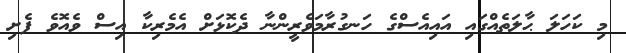
މި ކަހަލަ ޙާލަތެއްގައި އައިއެސްގެ ހަނގުރާމަވެރީންނާ ދެކޮޅަށް އެމެރިކާ އިސް ވެއޮވެ ފެށި